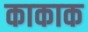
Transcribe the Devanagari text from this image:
काकाक